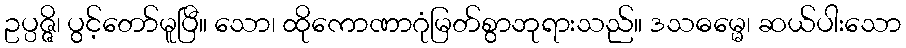
ဥပ္ပဇ္ဇိ၊ ပွင့်တော်မူပြီ။ သော၊ ထိုကောဏာဂုံမြတ်စွာဘုရားသည်။ ဒသဓမ္မေ၊ ဆယ်ပါးသော